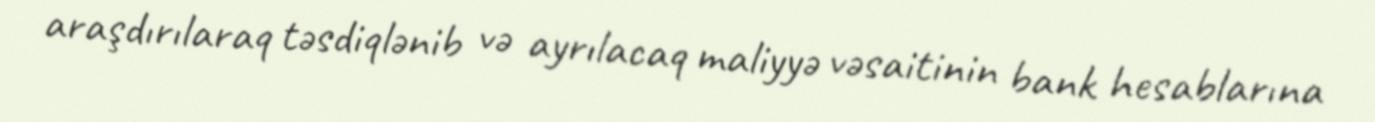
araşdırılaraq təsdiqlənib və ayrılacaq maliyyə vəsaitinin bank hesablarına